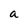
Character: a